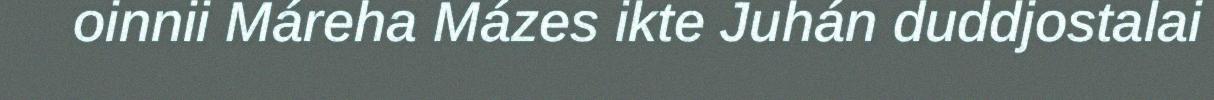
oinnii Máreha Mázes ikte Juhán duddjostalai